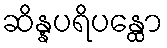
ဆိန္နပရိပန္ထော